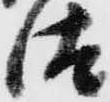
汰